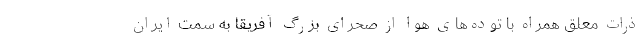
ذرات معلق همراه با توده‌های هوا از صحرای بزرگ آفریقا به سمت ایران